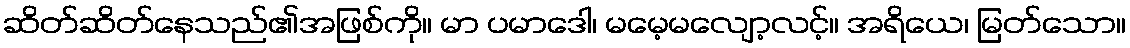
ဆိတ်ဆိတ်နေသည်၏အဖြစ်ကို။ မာ ပမာဒေါ၊ မမေ့မလျော့လင့်။ အရိယေ၊ မြတ်သော။